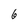
Character: 6